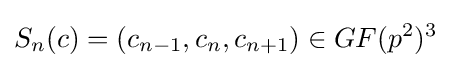
S_{n}(c)=(c_{n-1},c_{n},c_{n+1})\in GF(p^{2})^{3}